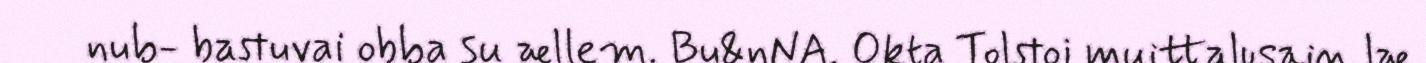
nub- bastuvai obba su ællem. Bu&nNA. Okta Tolstoi muittalusain læ